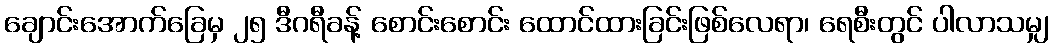
ချောင်းအောက်ခြေမှ ၂၅ ဒီဂရီခန့် စောင်းစောင်း ထောင်ထားခြင်းဖြစ်လေရာ၊ ရေစီးတွင် ပါလာသမျှ